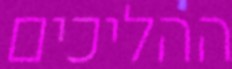
ההליכים